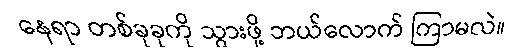
နေရာ တစ်ခုခုကို သွားဖို့ ဘယ်လောက် ကြာမလဲ။